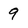
Character: 9